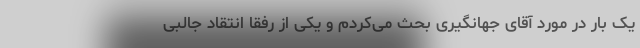
یک بار در مورد آقای جهانگیری بحث می‌کردم و یکی از رفقا انتقاد جالبی